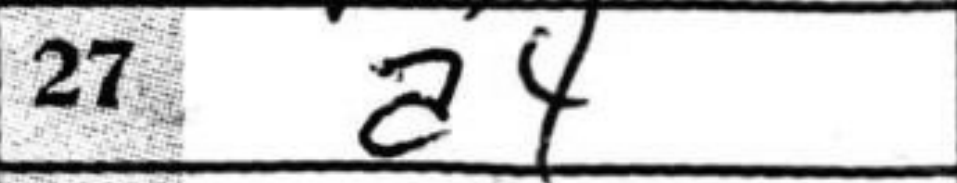
Transcription: a4